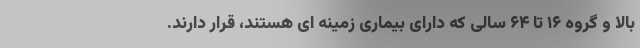
بالا و گروه ۱۶ تا ۶۴ سالی که دارای بیماری زمینه ای هستند، قرار دارند.